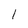
Character: 1